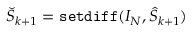
\breve { S } _ { k + 1 } = { \tt s e t d i f f } ( I _ { N } , \hat { S } _ { k + 1 } )